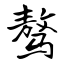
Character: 骜